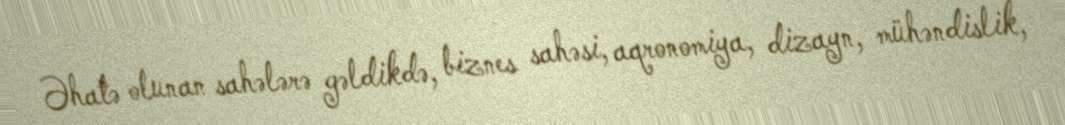
Əhatə olunan sahələrə gəldikdə, biznes sahəsi, aqronomiya, dizayn, mühəndislik,